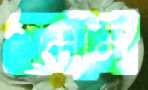
এমাম